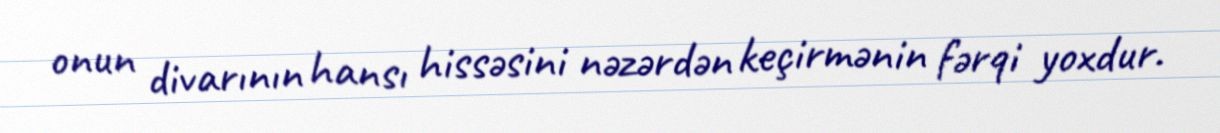
onun divarının hansı hissəsini nəzərdən keçirmənin fərqi yoxdur.